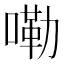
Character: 嘞